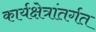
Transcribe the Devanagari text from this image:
कार्यक्षेत्रांतर्गत